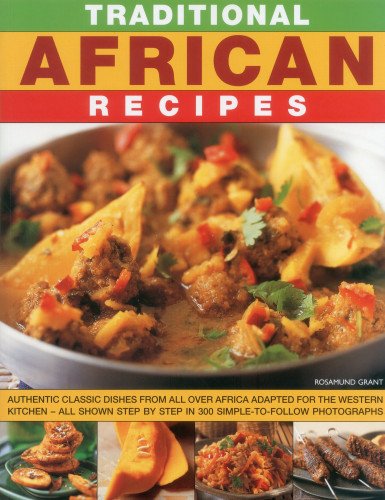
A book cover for Traditional African Recipes: Authentic dishes from all over Africa adapted for the Western kitchen - all shown step by step in 300 simple-to-follow photographs; Rosamund Grant; Cookbooks, Food & Wine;